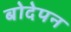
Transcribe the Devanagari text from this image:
बोदेपन